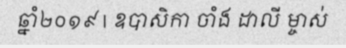
ឆ្នាំ២០១៩ | ឧបាសិកា ចាំង ដាលី ម្ចាស់